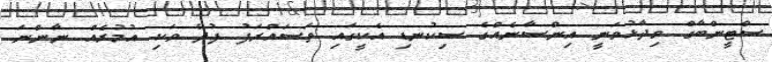
ސްޓީންބާގް ވިދާޅުވަނީ އިންސާނެއްގެ ސިކުނޑި އެކީގައި ތަސައްރަފު ފުދޭ ވަކި އުމުރެއް ނާންނަ